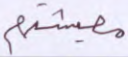
معيشتهم